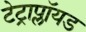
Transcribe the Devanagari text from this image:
टेट्राप्लॉयड